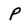
Character: P